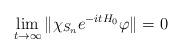
LaTeX: \begin{align*} \lim\limits_{t\rightarrow\infty}\|\chi_{S_n}e^{-itH_0}\varphi\|=0\end{align*}